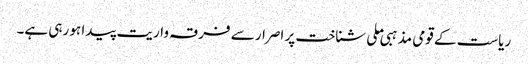
ریاست کے قومی مذہبی ملی شناخت پر اصرار سے فرقہ واریت پیدا ہو رہی ہے۔